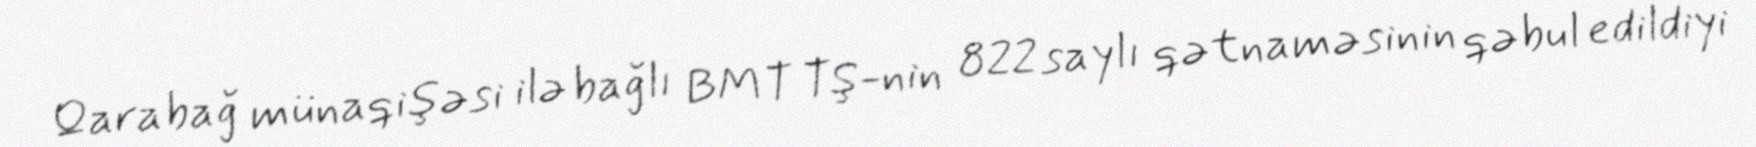
Qarabağ münaqişəsi ilə bağlı BMT TŞ-nin 822 saylı qətnaməsinin qəbul edildiyi